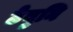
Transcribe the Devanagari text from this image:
ठेवुनि